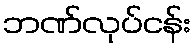
ဘဏ်လုပ်ငန်း